Annual vaccination report of Bihar and Orissa - 1911-1928
Year: 1911
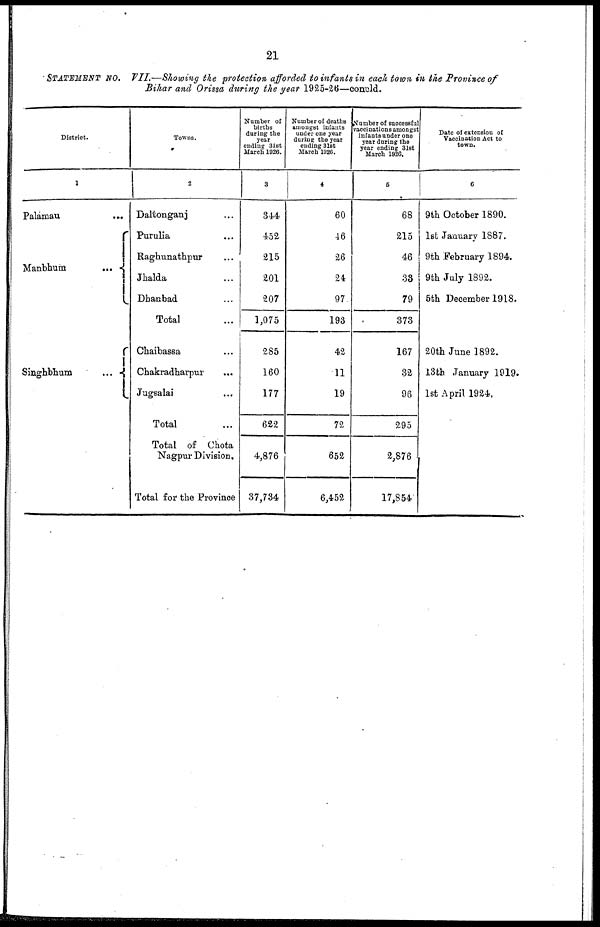
21
STATEMENT NO, VII—Showing the protection afforded to infants in each town in the Province of
Bihar and Orissa during the year 1925-26—concld.
District.
1
Palamau
...
Manbhum
...
...
Singhbhum... ...
Towns.
2
Daltonganj... ...
Purulia... ...
Raghunathpur... ...
Jhalda... ...
Dhanbad... ...
Total...
Chaibassa... ...
Chakradharpur... ...
Jugsalai... ...
Total...
Total of Chota
Nagpur Division.
Total for the Province
Number of
births
during the
year
ending 31st
March 1926.
3
344
452
215
201
207
1,075
285
160
177
622
4,876
37,734
Number of deaths
amongst infants
under one year
during the year
ending 31st
March 1920.
4
60
46
26
24
97.
193
42
11
19
72
652
6,452
Number of successful
vaccinations amongst
infants under one
year during the
year ending 31st
March 1926.
5
68
215
46
33
79
373
167
32
96
295
2,876
17,854
Date of extension of
Vaccination Act to
town.
6
9th October 1890.
1st January 1887.
9th February 1894.
9th July 1892.
5th December 1918.
20th June 1892.
13th January 1919.
1st April 1924.